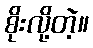
စိုးလို့တဲ့။